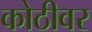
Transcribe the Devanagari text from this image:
कोठीवर